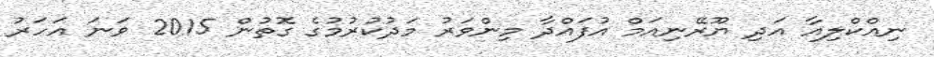
ނިއްކްލިއާ އަދި ޔޫރޭނިއަމް އުފައްދާ މިންވަރު މަދުކުރުމުގެ ގޮތުން 2015 ވަނަ އަހަރު